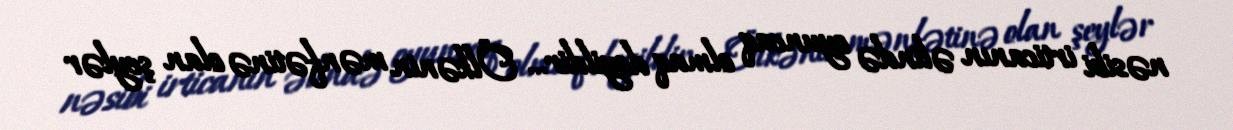
nəsibi irticanın əlində oyuncaq olmaq deyildir… Ölkənin mənfətinə olan şeylər